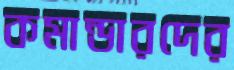
কমান্ডারদের